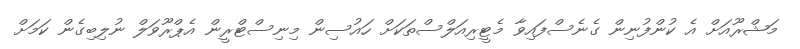
މަޝްރޫއަށް އެ ކުންފުނިން ގެނެސްފައިވާ މެޓީރިއަލްސްތަކަށް ހައުސިން މިނިސްޓްރީން އެޕްރޫވަލް ނުލިބިގެން ކަމަށް